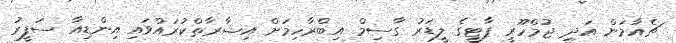
ޗެއާމަން އަދި ޖުމްހޫރީ ޕާޓީގެ ލީޑަރު ގާސިމް އިބްރާހިމަށް އިޝާރާތްކުރައްވައި އިންޑިއާ ސަފީރު